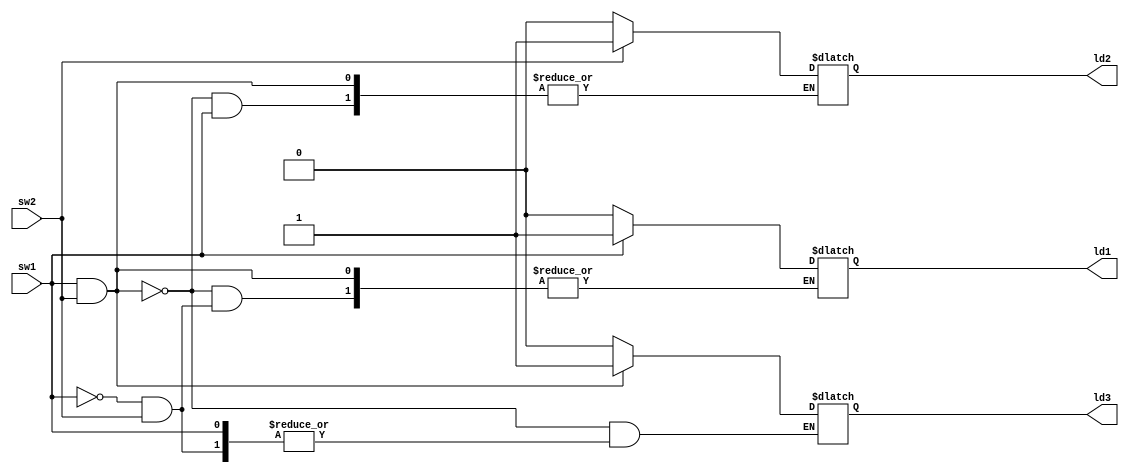
module on_off(sw1, sw2, ld1, ld2, ld3);

input sw1, sw2;
output reg ld1, ld2, ld3;

always@(*)begin
        if(sw1&sw2) ld3<=1'b1;
        else if(sw1) ld1<=1'b1;
        else if(sw2) ld2<=1'b1;
        else begin 
                ld1<=1'b0;
                ld2<=1'b0;
                ld3<=1'b0;
        end
end     
endmodule